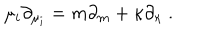
\mu _ { i } \partial _ { \mu _ { i } } = m \partial _ { m } + \kappa \partial _ { \kappa } \ .